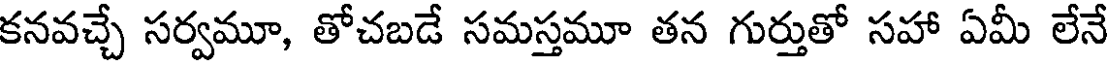
కనవచ్చే సర్వమూ, తోచబడే సమస్తమూ తన గుర్తుతో సహా ఏమీ లేనే